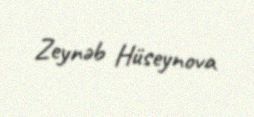
Zeynəb Hüseynova